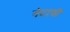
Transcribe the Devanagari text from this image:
नेटाची